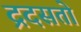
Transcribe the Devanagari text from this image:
द्रदसतो